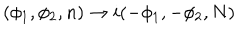
LaTeX: ( \phi _ { 1 } , \phi _ { 2 } , n ) \rightarrow i ( - \phi _ { 1 } , - \phi _ { 2 } , N )